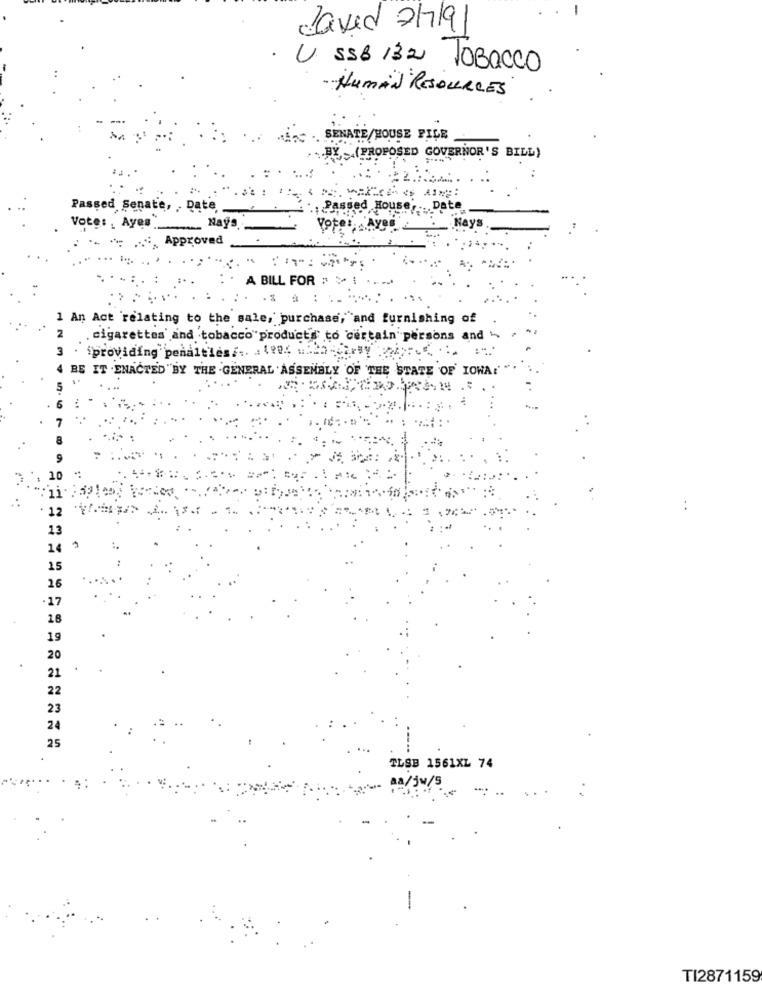
Caved 2/7191
U SSB 132 TOBACCO
- HUMAN RESOURCES
SENATE/HOUSE PILE
(PROPOSED GOVERNOR'S BILL)
Passed Senate, , Date,
Passed House, ... Date
Vote :, Ayes
Nays
Hays
Approved
A BILL FOR > >
1 An Act relating to the sale, purchase, and furnishing of
2
cigarettes and tobacco products to certain persons and
providing penalties ... . 1224 ... 23.
BE IT . ENACTED "BY THE GENERAL ASSEMBLY OF THE STATE OF IOWA!'
13
14
15
26
-17
18
19
20
21
22
23
24
25
TLSB 1561XL 74
Aa/ju/5
TI2871159